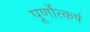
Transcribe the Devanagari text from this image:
पूर्णोत्कर्ष